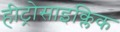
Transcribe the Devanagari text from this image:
हीट्रोसाइक्लिक